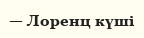
— Лоренц күші